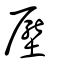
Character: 壓